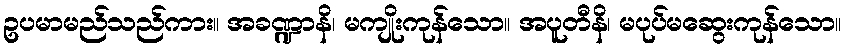
ဥပမာမည်သည်ကား။ အခဏ္ဍာနိ၊ မကျိုးကုန်သော။ အပူတီနိ၊ မပုပ်မဆွေးကုန်သော။